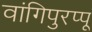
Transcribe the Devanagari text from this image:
वांगिपुरप्पू